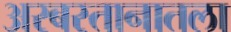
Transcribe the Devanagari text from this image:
अरबस्तानातला